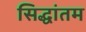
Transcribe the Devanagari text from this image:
सिद्धांतम